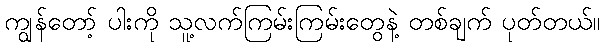
ကျွန်တော့် ပါးကို သူ့လက်ကြမ်းကြမ်းတွေနဲ့ တစ်ချက် ပုတ်တယ်။